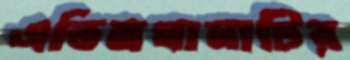
এতিমখানাটির